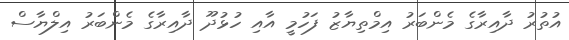
އުތުރު ދާއިރާގެ މެންބަރު އިމްތިޔާޒު ފަހުމީ އާއި ހުޅުދޫ ދާއިރާގެ މެންބަރު އިލްޔާސް